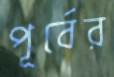
পূর্বের